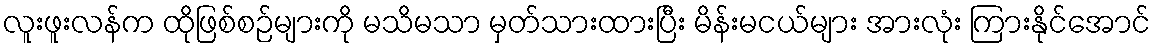
လူးဖူးလန်က ထိုဖြစ်စဉ်များကို မသိမသာ မှတ်သားထားပြီး မိန်းမငယ်များ အားလုံး ကြားနိုင်အောင်